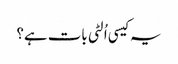
یہ کیسی اُلٹی بات ہے؟